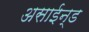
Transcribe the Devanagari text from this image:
असाईन्ड